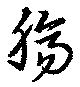
膓